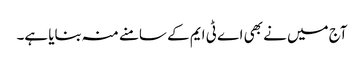
آج میں نے بھی اے ٹی ایم کے سامنے منہ بنایا ہے۔